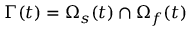
\Gamma ( t ) = \Omega _ { s } ( t ) \cap \Omega _ { f } ( t )